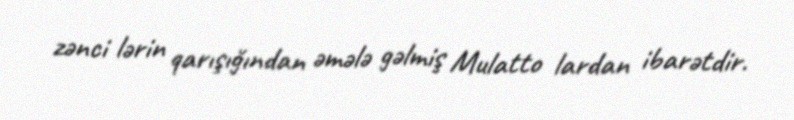
zənci lərin qarışığından əmələ gəlmiş Mulatto lardan ibarətdir.